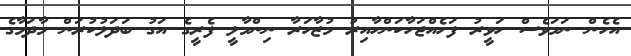
އެހެން ނަމަވެސް ހަވީރު ފަހެއްޖަހާކަންހާއިރު މުޒާހަރާ ނިންމާލީ ފެރީގެ އަގު ބަދަލުކުރަން މާދަމާގެ